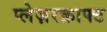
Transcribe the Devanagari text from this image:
प्लेज़रक्राफ्ट